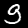
Digit: 9